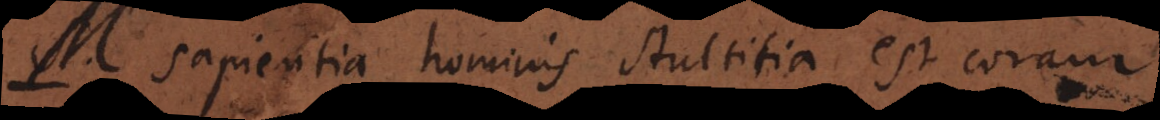
Sapientia hominis stultitia est coram